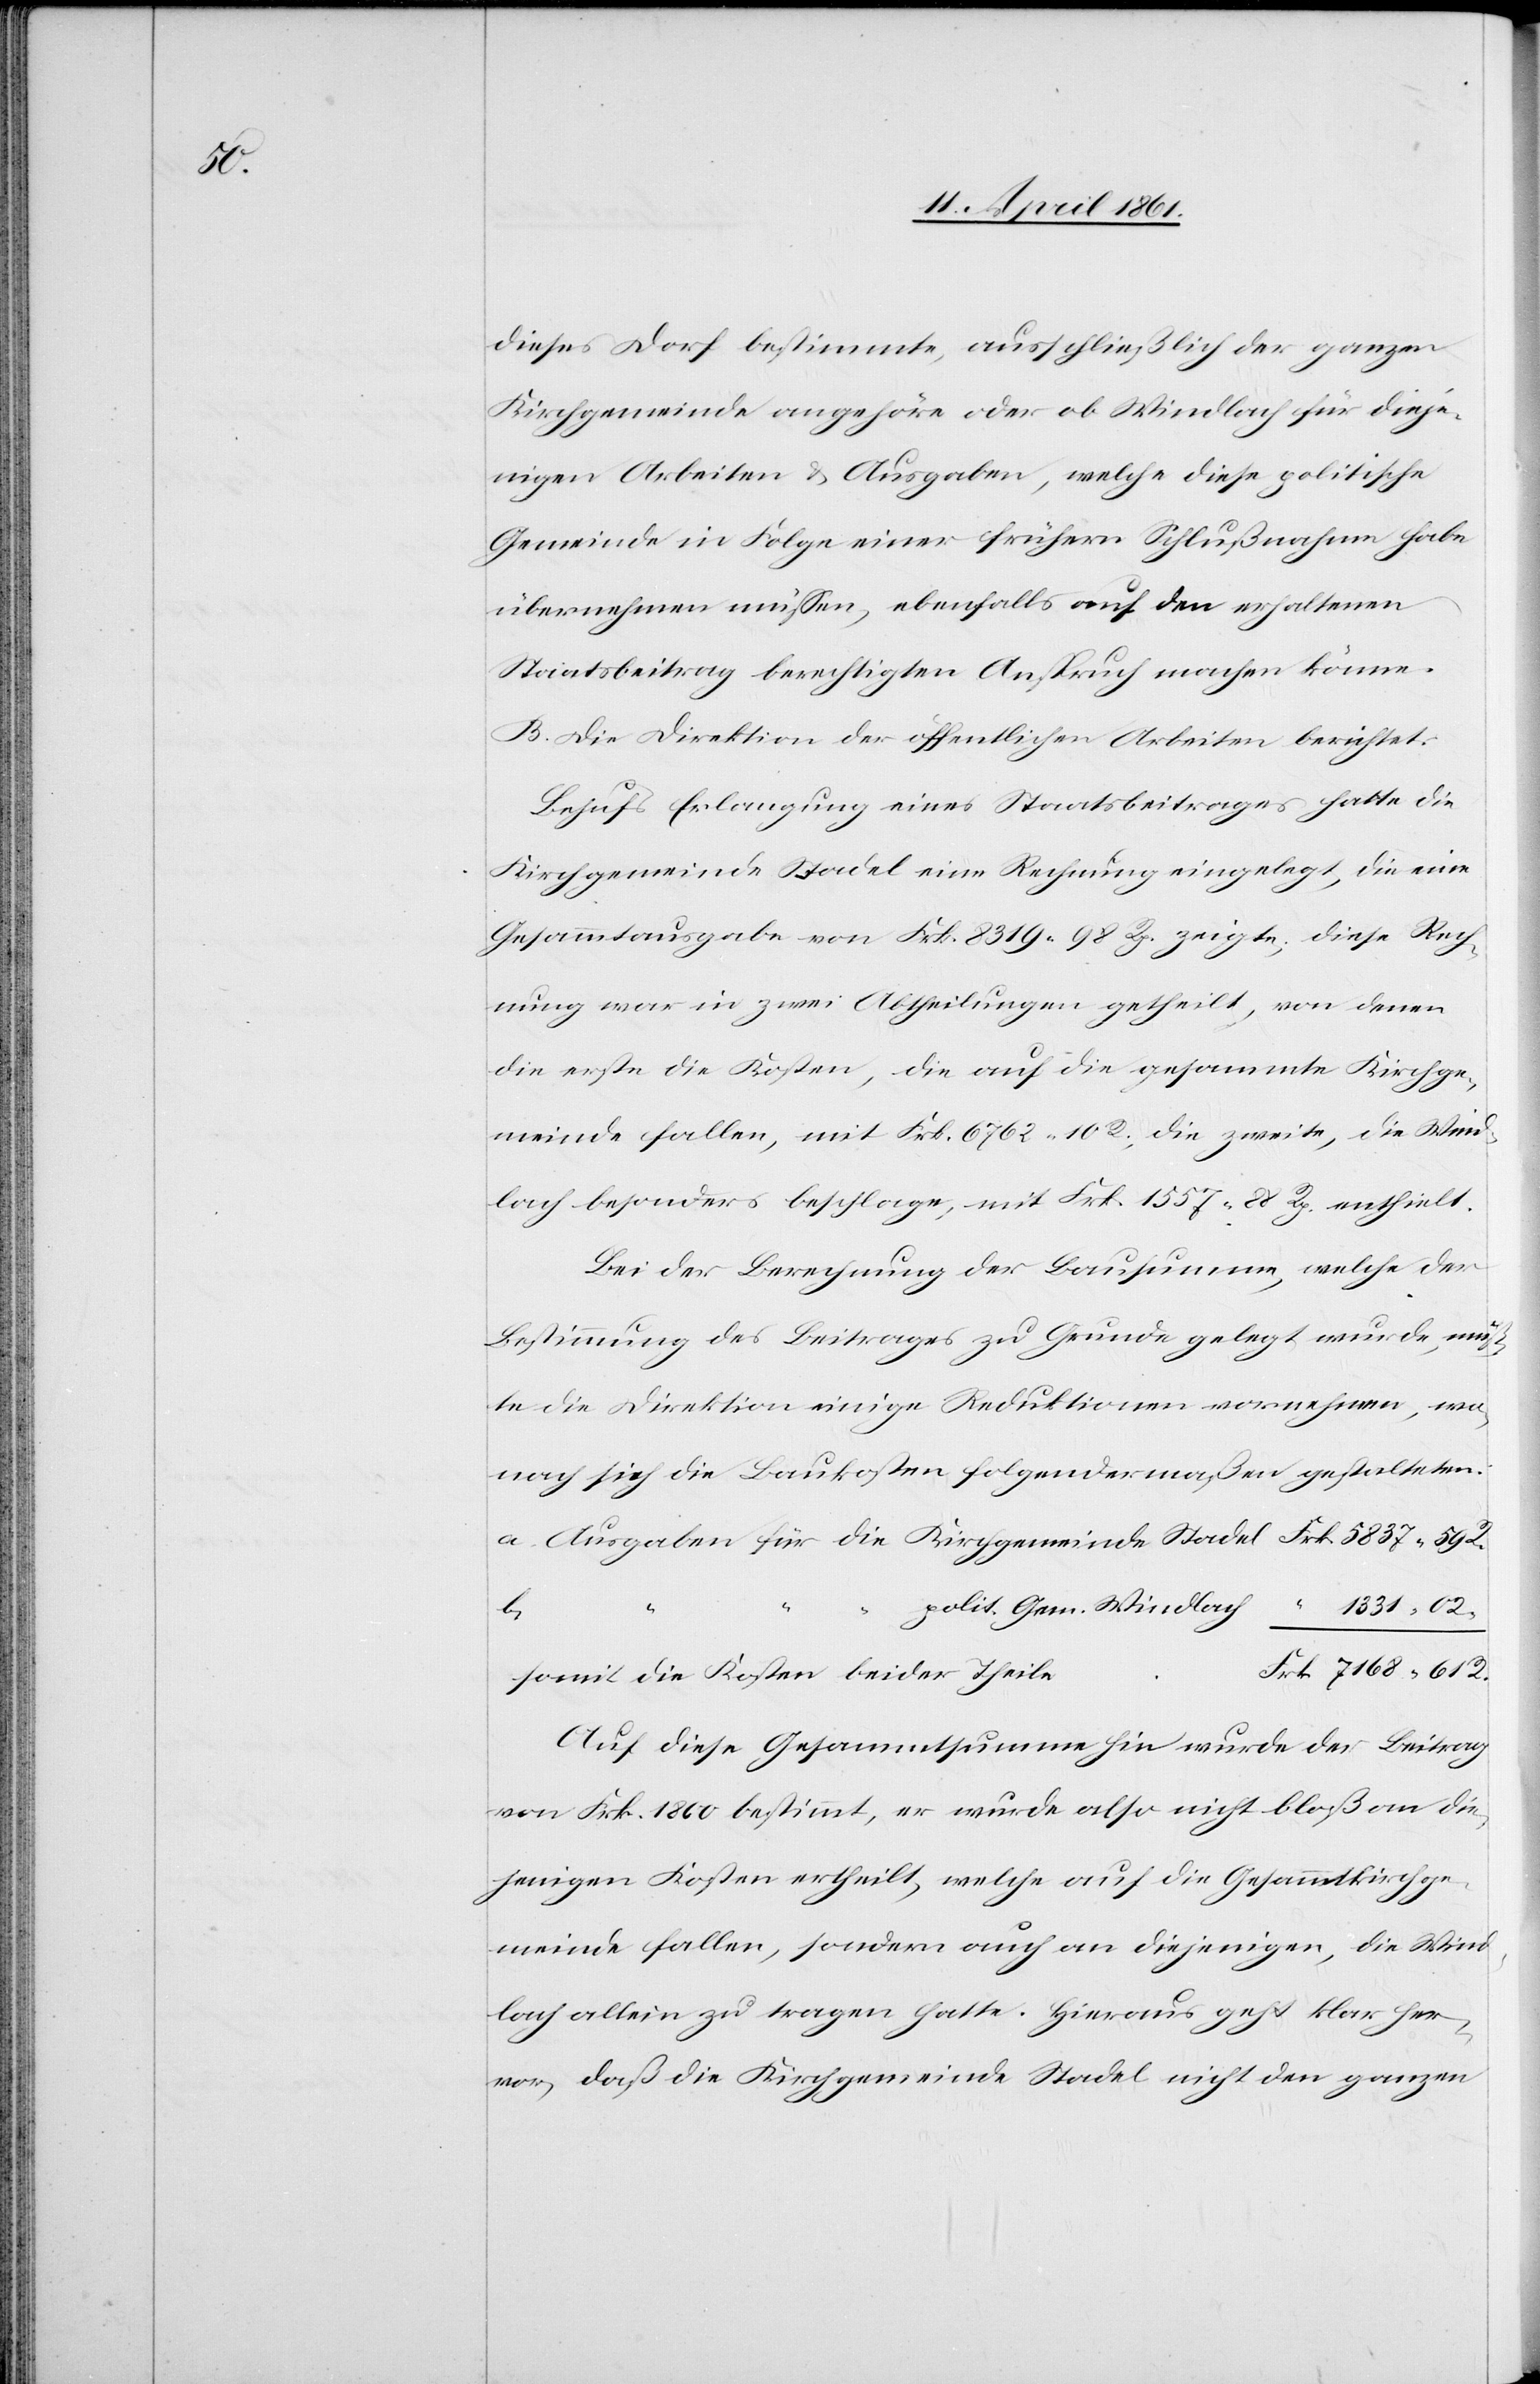
dieses Dorf bestimmte, ausschließlich der ganzen
Kirchgemeinde angehöre oder ob Windlach für dieje¬
nigen Arbeiten u. Ausgaben, welche diese politische
Gemeinde in Folge einer frühern Schlußnahme habe
übernehmen müssen, ebenfalls auf den erhaltenen
Staatsbeitrag berechtigten Anspruch machen könne.
B. Die Direktion der öffentlichen Arbeiten berichtet:
Behufs Erlangung eines Staatsbeitrages hatte die
Kirchgemeinde Stadel eine Rechnung eingelegt, die eine
Gesammtausgabe von Frk. 8319 98 Rp. zeigte, diese Rech¬
nung war in zwei Abtheilungen getheilt, von denen
die erste die Kosten, die auf die gesammte Kirchge¬
meinde fallen, mit Frk. 6762 10 R., die zweite, die Wind¬
lach besonders beschlage, mit Frk. 1557 88 Rp, enthält.
Bei der Berechnung der Bausumme, welche der
Bestimmung des Beitrages zu Grunde gelegt wurde, möch¬
te die Direktion einige Reduktionen vornehmen, wo¬
nach sich die Baukosten folgendermaßen gestalteten:
Frk.
R.
polit. Gem. Windlach
somit die Kosten beider Theile
Auf diese Gesammtsumme hin wurde der Beitrag
von Frk. 1860 bestimmt, er wurde also nicht bloß an die¬
jenigen Kosten ertheilt, welche auf die Gesammtkirchge¬
meinde fallen sondern auch an diejenigen, die Wind¬
lach allein zu tragen hatte. Hieraus geht klar her¬
vor, daß die Kirchgemeinde Stadel nicht den ganzen